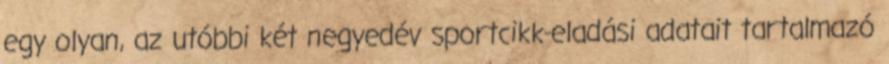
egy olyan, az utóbbi két negyedév sportcikk-eladási adatait tartalmazó